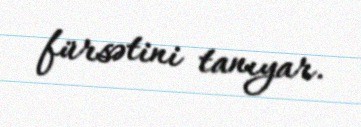
fürsətini tanıyar.